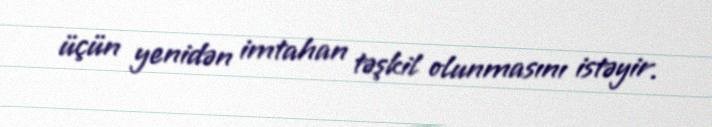
üçün yenidən imtahan təşkil olunmasını istəyir.